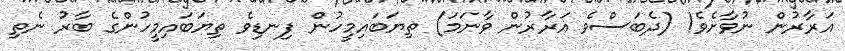
އަރާރުން ނުވާށެވެ! (ދެބަސްވެ އަރާރުން ވާނަމަ) ތިޔަބައިމީހުން ފިނޑިވެ ތިޔަބައިމީހުންގެ ބާރު ނެތި